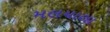
મલયાલા